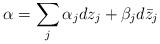
LaTeX: \begin{align*} \alpha = \sum_j \alpha_j dz_j + \beta_j d \bar z_j\end{align*}